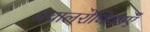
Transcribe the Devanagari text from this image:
प्रवालरोधिकाएँ